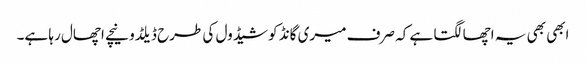
ابھی بھی یہ اچھا لگتا ہے کہ صرف میری گانڈ کو شیڈول کی طرح ڈیلڈو نیچے اچھال رہا ہے۔